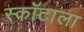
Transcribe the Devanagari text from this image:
स्कॉटाला